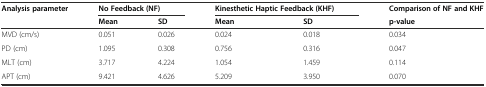
<table><thead><tr><td rowspan="2"><b>Analysis parameter</b></td><td colspan="2"><b>No Feedback (NF)</b></td><td colspan="2"><b>Kinesthetic Haptic Feedback (KHF)</b></td><td><b>Comparison of NF and KHF</b></td></tr><tr><td><b>Mean</b></td><td><b>SD</b></td><td><b>Mean</b></td><td><b>SD</b></td><td><b>p-value</b></td></tr></thead><tbody><tr><td>MVD (cm/s)</td><td>0.051</td><td>0.026</td><td>0.024</td><td>0.018</td><td>0.034</td></tr><tr><td>PD (cm)</td><td>1.095</td><td>0.308</td><td>0.756</td><td>0.316</td><td>0.047</td></tr><tr><td>MLT (cm)</td><td>3.717</td><td>4.224</td><td>1.054</td><td>1.459</td><td>0.114</td></tr><tr><td>APT (cm)</td><td>9.421</td><td>4.626</td><td>5.209</td><td>3.950</td><td>0.070</td></tr></tbody></table>